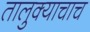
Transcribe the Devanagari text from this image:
तालुक्याचाच